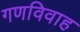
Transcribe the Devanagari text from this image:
गणविवाह